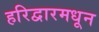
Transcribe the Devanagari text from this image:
हरिद्वारमधून